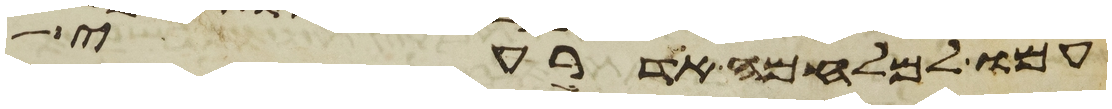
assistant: עמו למלחמה אדרעי